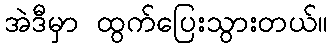
အဲဒီမှာ ထွက်ပြေးသွားတယ်။